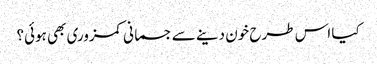
کیا اس طرح خون دینے سے جسمانی کمزوری بھی ہوئی؟